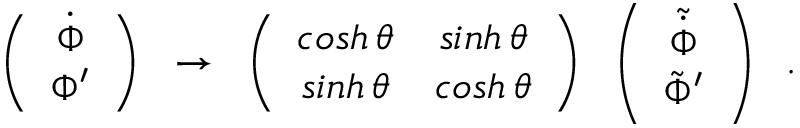
\left( \begin{array} { c } { { \dot { \Phi } } } \\ { { \Phi ^ { \prime } } } \end{array} \right) \; \; \rightarrow \; \; \left( \begin{array} { c c } { { c o s h \, \theta } } & { { s i n h \, \theta } } \\ { { s i n h \, \theta } } & { { c o s h \, \theta } } \end{array} \right) \; \; \left( \begin{array} { c } { { \tilde { \dot { \Phi } } } } \\ { { \tilde { \Phi } ^ { \prime } } } \end{array} \right) \; \; .